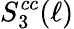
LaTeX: S_{3}^{cc}(\ell)